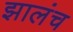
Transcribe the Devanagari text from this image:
झालंच